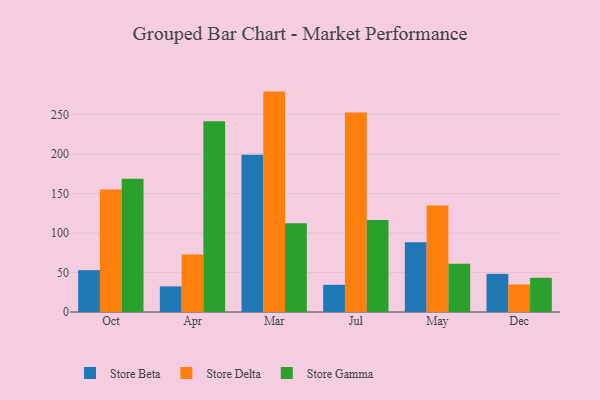
{"axis": {"x": "Month", "y": "Headcount"}, "legend": ["Store Beta", "Store Delta", "Store Gamma"], "data": [{"x": "Oct", "y": 52.9, "type": "Store Beta"}, {"x": "Oct", "y": 154.8, "type": "Store Delta"}, {"x": "Oct", "y": 168.4, "type": "Store Gamma"}, {"x": "Apr", "y": 32.4, "type": "Store Beta"}, {"x": "Apr", "y": 72.7, "type": "Store Delta"}, {"x": "Apr", "y": 241.1, "type": "Store Gamma"}, {"x": "Mar", "y": 198.7, "type": "Store Beta"}, {"x": "Mar", "y": 278.7, "type": "Store Delta"}, {"x": "Mar", "y": 112.3, "type": "Store Gamma"}, {"x": "Jul", "y": 34.4, "type": "Store Beta"}, {"x": "Jul", "y": 252.3, "type": "Store Delta"}, {"x": "Jul", "y": 116.4, "type": "Store Gamma"}, {"x": "May", "y": 88.1, "type": "Store Beta"}, {"x": "May", "y": 134.8, "type": "Store Delta"}, {"x": "May", "y": 60.9, "type": "Store Gamma"}, {"x": "Dec", "y": 48.2, "type": "Store Beta"}, {"x": "Dec", "y": 34.8, "type": "Store Delta"}, {"x": "Dec", "y": 43.3, "type": "Store Gamma"}]}